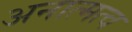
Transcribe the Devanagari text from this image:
अनात्मत्व